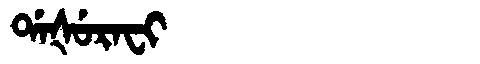
Manchu: ᡩᠠᡧᡠᡵᠠᠸᡳ
Romanization: DAŠURAFI